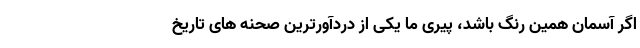
اگر آسمان همین رنگ باشد، پیری ما یکی از دردآورترین صحنه های تاریخ